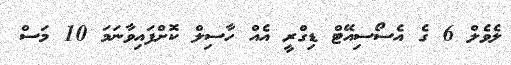
ލެވެލް 6 ގެ އެސޯސިއޭޓް ޑިގްރީ އެއް ހާސިލް ކޮށްފައިވާނަމަ 10 މަސް